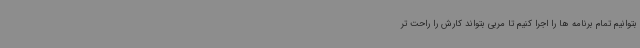
بتوانیم تمام برنامه ها را اجرا کنیم تا مربی بتواند کارش را راحت تر